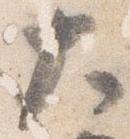
大